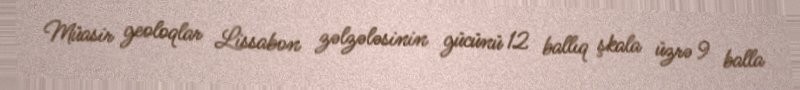
Müasir geoloqlar Lissabon zəlzələsinin gücünü 12 ballıq şkala üzrə 9 balla